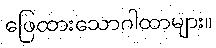
ဖြေထားသောဂါထာများ။